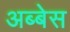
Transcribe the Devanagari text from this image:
अब्बेस